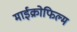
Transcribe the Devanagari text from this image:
माईक्रोफिल्म